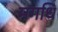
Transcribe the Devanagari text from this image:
मगधि